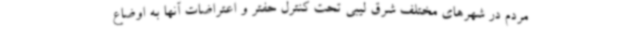
مردم در شهرهای مختلف شرق لیبی تحت کنترل حفتر و اعتراضات آنها به اوضاع